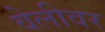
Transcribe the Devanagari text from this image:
वेलीवर